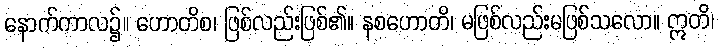
နောက်ကာလ၌။ ဟောတိစ၊ ဖြစ်လည်းဖြစ်၏။ နစဟောတိ၊ မဖြစ်လည်းမဖြစ်သလော။ ဣတိ၊